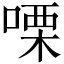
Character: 㗚